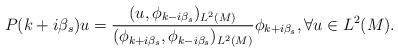
\begin{align*}P(k+i\beta_s)u=\frac{(u, \phi_{k-i\beta_s})_{L^{2}(M)}}{(\phi_{k+i\beta_s}, \phi_{k-i\beta_s})_{L^{2}(M)}}\phi_{k+i\beta_s}, \forall u \in L^{2}(M).\end{align*}